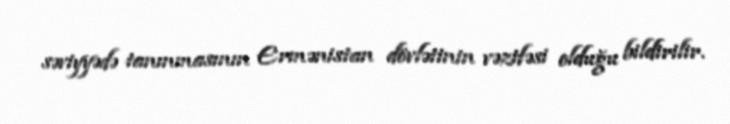
səviyyədə tanınmasının Ermənistan dövlətinin vəzifəsi olduğu bildirilir.